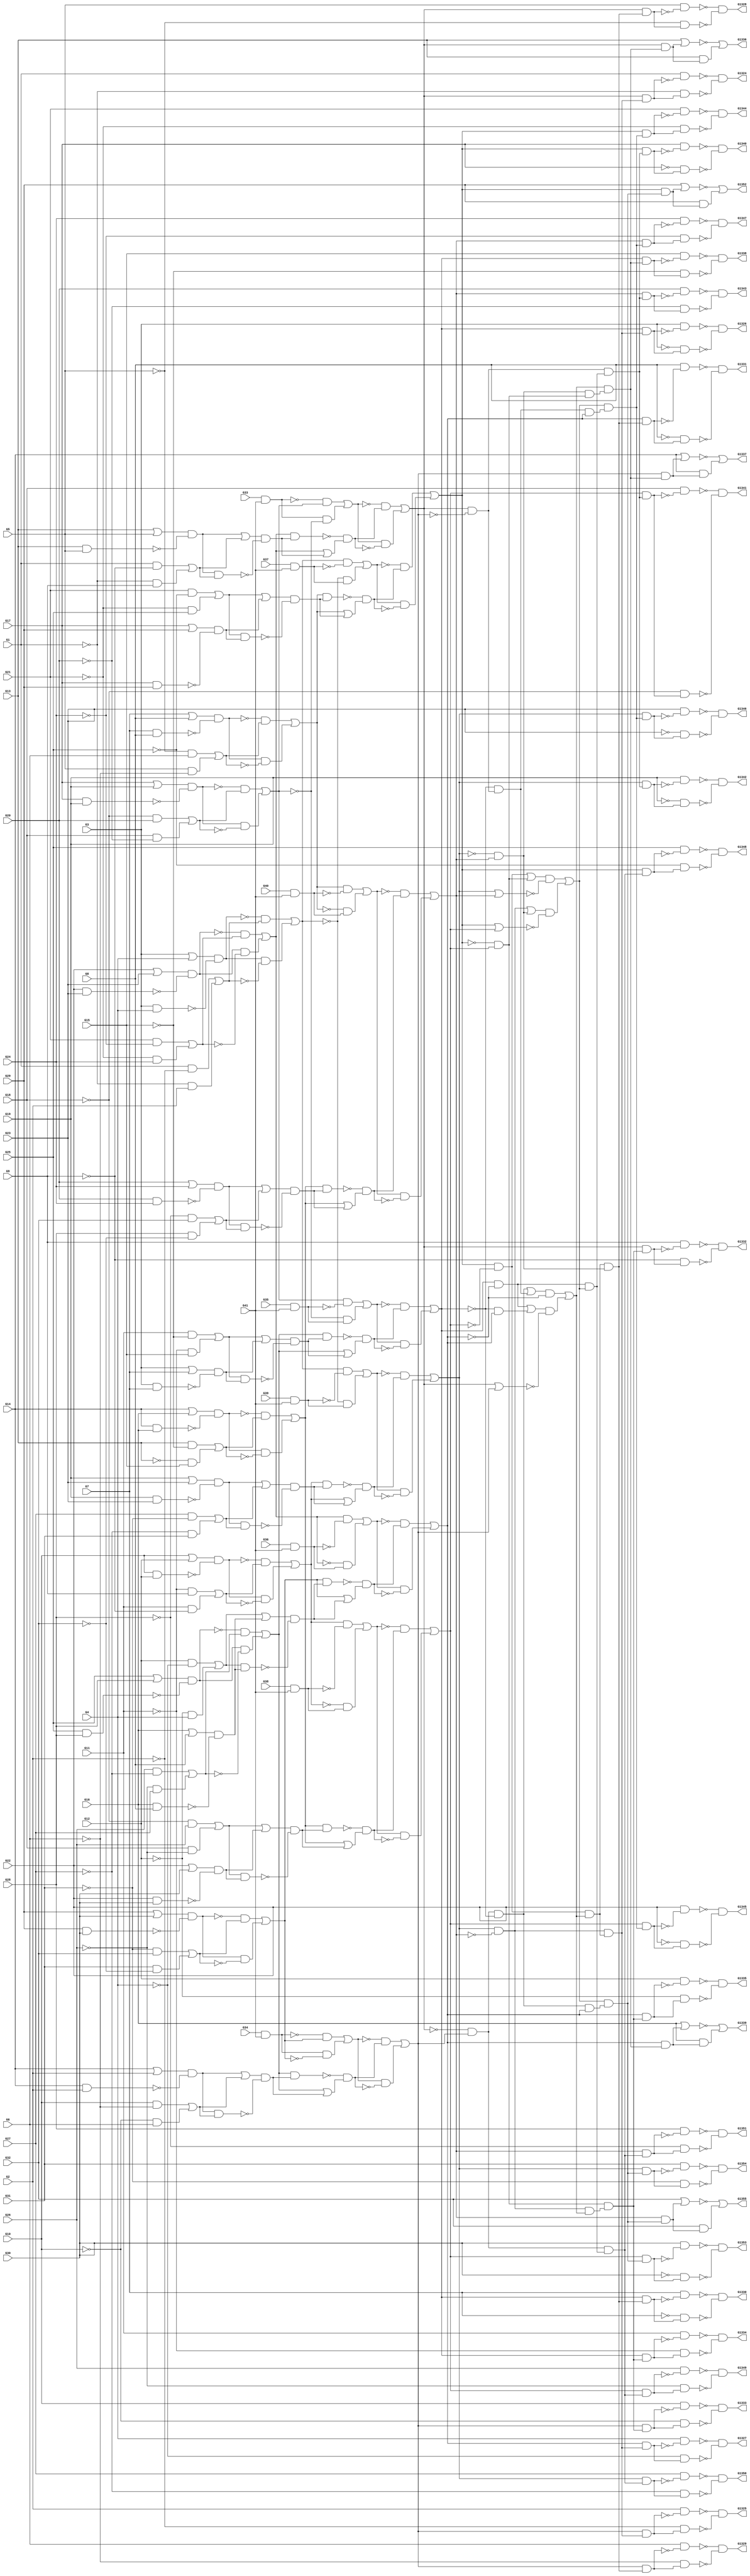
module c1355 ( G1 , G10 , G11 , G12 , G13 , G14 , G15 , G16 , G17 , G18 , G19 , G2 , G20 , G21 , G22 , G23 , G24 , G25 , G26 , G27 , G28 , G29 , G3 , G30 , G31 , G32 , G33 , G34 , G35 , G36 , G37 , G38 , G39 , G4 , G40 , G41 , G5 , G6 , G7 , G8 , G9 , G1324 , G1325 , G1326 , G1327 , G1328 , G1329 , G1330 , G1331 , G1332 , G1333 , G1334 , G1335 , G1336 , G1337 , G1338 , G1339 , G1340 , G1341 , G1342 , G1343 , G1344 , G1345 , G1346 , G1347 , G1348 , G1349 , G1350 , G1351 , G1352 , G1353 , G1354 , G1355 );
  input G1 , G10 , G11 , G12 , G13 , G14 , G15 , G16 , G17 , G18 , G19 , G2 , G20 , G21 , G22 , G23 , G24 , G25 , G26 , G27 , G28 , G29 , G3 , G30 , G31 , G32 , G33 , G34 , G35 , G36 , G37 , G38 , G39 , G4 , G40 , G41 , G5 , G6 , G7 , G8 , G9 ;
  output G1324 , G1325 , G1326 , G1327 , G1328 , G1329 , G1330 , G1331 , G1332 , G1333 , G1334 , G1335 , G1336 , G1337 , G1338 , G1339 , G1340 , G1341 , G1342 , G1343 , G1344 , G1345 , G1346 , G1347 , G1348 , G1349 , G1350 , G1351 , G1352 , G1353 , G1354 , G1355 ;
  wire n42 , n43 , n44 , n45 , n46 , n47 , n48 , n49 , n50 , n51 , n52 , n53 , n54 , n55 , n56 , n57 , n58 , n59 , n60 , n61 , n62 , n63 , n64 , n65 , n66 , n67 , n68 , n69 , n70 , n71 , n72 , n73 , n74 , n75 , n76 , n77 , n78 , n79 , n80 , n81 , n82 , n83 , n84 , n85 , n86 , n87 , n88 , n89 , n90 , n91 , n92 , n93 , n94 , n95 , n96 , n97 , n98 , n99 , n100 , n101 , n102 , n103 , n104 , n105 , n106 , n107 , n108 , n109 , n110 , n111 , n112 , n113 , n114 , n115 , n116 , n117 , n118 , n119 , n120 , n121 , n122 , n123 , n124 , n125 , n126 , n127 , n128 , n129 , n130 , n131 , n132 , n133 , n134 , n135 , n136 , n137 , n138 , n139 , n140 , n141 , n142 , n143 , n144 , n145 , n146 , n147 , n148 , n149 , n150 , n151 , n152 , n153 , n154 , n155 , n156 , n157 , n158 , n159 , n160 , n161 , n162 , n163 , n164 , n165 , n166 , n167 , n168 , n169 , n170 , n171 , n172 , n173 , n174 , n175 , n176 , n177 , n178 , n179 , n180 , n181 , n182 , n183 , n184 , n185 , n186 , n187 , n188 , n189 , n190 , n191 , n192 , n193 , n194 , n195 , n196 , n197 , n198 , n199 , n200 , n201 , n202 , n203 , n204 , n205 , n206 , n207 , n208 , n209 , n210 , n211 , n212 , n213 , n214 , n215 , n216 , n217 , n218 , n219 , n220 , n221 , n222 , n223 , n224 , n225 , n226 , n227 , n228 , n229 , n230 , n231 , n232 , n233 , n234 , n235 , n236 , n237 , n238 , n239 , n240 , n241 , n242 , n243 , n244 , n245 , n246 , n247 , n248 , n249 , n250 , n251 , n252 , n253 , n254 , n255 , n256 , n257 , n258 , n259 , n260 , n261 , n262 , n263 , n264 , n265 , n266 , n267 , n268 , n269 , n270 , n271 , n272 , n273 , n274 , n275 , n276 , n277 , n278 , n279 , n280 , n281 , n282 , n283 , n284 , n285 , n286 , n287 , n288 , n289 , n290 , n291 , n292 , n293 , n294 , n295 , n296 , n297 , n298 , n299 , n300 , n301 , n302 , n303 , n304 , n305 , n306 , n307 , n308 , n309 , n310 , n311 , n312 , n313 , n314 , n315 , n316 , n317 , n318 , n319 , n320 , n321 , n322 , n323 , n324 , n325 , n326 , n327 , n328 , n329 , n330 , n331 , n332 , n333 , n334 , n335 , n336 , n337 , n338 , n339 , n340 , n341 , n342 , n343 , n344 , n345 , n346 , n347 , n348 , n349 , n350 , n351 , n352 , n353 , n354 , n355 , n356 , n357 , n358 , n359 , n360 , n361 , n362 , n363 , n364 , n365 , n366 , n367 , n368 , n369 , n370 , n371 , n372 , n373 , n374 , n375 , n376 , n377 , n378 , n379 , n380 , n381 , n382 , n383 , n384 , n385 , n386 , n387 , n388 , n389 , n390 , n391 , n392 , n393 , n394 , n395 , n396 , n397 , n398 , n399 , n400 , n401 , n402 , n403 , n404 , n405 , n406 , n407 , n408 , n409 , n410 , n411 , n412 , n413 , n414 , n415 , n416 , n417 , n418 , n419 , n420 , n421 , n422 , n423 , n424 , n425 , n426 , n427 , n428 , n429 , n430 ;
  assign n42 = G33 & G41 ;
  assign n43 = G17 | G19 ;
  assign n44 = G17 & G19 ;
  assign n45 = n43 & ~n44 ;
  assign n46 = ~G18 & G20 ;
  assign n47 = G18 & ~G20 ;
  assign n48 = n46 | n47 ;
  assign n49 = ~n45 & n48 ;
  assign n50 = n45 & ~n48 ;
  assign n51 = n49 | n50 ;
  assign n52 = ~n42 & n51 ;
  assign n53 = n42 & ~n51 ;
  assign n54 = n52 | n53 ;
  assign n55 = G22 | G23 ;
  assign n56 = G22 & G23 ;
  assign n57 = n55 & ~n56 ;
  assign n58 = G21 & ~G24 ;
  assign n59 = ~G21 & G24 ;
  assign n60 = n58 | n59 ;
  assign n61 = ~n57 & n60 ;
  assign n62 = n57 & ~n60 ;
  assign n63 = n61 | n62 ;
  assign n64 = G13 | G5 ;
  assign n65 = G13 & G5 ;
  assign n66 = n64 & ~n65 ;
  assign n67 = G1 & ~G9 ;
  assign n68 = ~G1 & G9 ;
  assign n69 = n67 | n68 ;
  assign n70 = n66 | n69 ;
  assign n71 = n66 & n69 ;
  assign n72 = n70 & ~n71 ;
  assign n73 = n63 & n72 ;
  assign n74 = n63 | n72 ;
  assign n75 = ~n73 & n74 ;
  assign n76 = ~n54 & n75 ;
  assign n77 = n54 & ~n75 ;
  assign n78 = n76 | n77 ;
  assign n79 = G3 | G4 ;
  assign n80 = G3 & G4 ;
  assign n81 = n79 & ~n80 ;
  assign n82 = G1 & ~G2 ;
  assign n83 = ~G1 & G2 ;
  assign n84 = n82 | n83 ;
  assign n85 = ~n81 & n84 ;
  assign n86 = n81 & ~n84 ;
  assign n87 = n85 | n86 ;
  assign n88 = G39 & G41 ;
  assign n89 = n87 & ~n88 ;
  assign n90 = ~n87 & n88 ;
  assign n91 = n89 | n90 ;
  assign n92 = G10 | G12 ;
  assign n93 = G10 & G12 ;
  assign n94 = n92 & ~n93 ;
  assign n95 = ~G11 & G9 ;
  assign n96 = G11 & ~G9 ;
  assign n97 = n95 | n96 ;
  assign n98 = ~n94 & n97 ;
  assign n99 = n94 & ~n97 ;
  assign n100 = n98 | n99 ;
  assign n101 = G19 | G23 ;
  assign n102 = G19 & G23 ;
  assign n103 = n101 & ~n102 ;
  assign n104 = G27 & ~G31 ;
  assign n105 = ~G27 & G31 ;
  assign n106 = n104 | n105 ;
  assign n107 = n103 | n106 ;
  assign n108 = n103 & n106 ;
  assign n109 = n107 & ~n108 ;
  assign n110 = n100 & n109 ;
  assign n111 = n100 | n109 ;
  assign n112 = ~n110 & n111 ;
  assign n113 = ~n91 & n112 ;
  assign n114 = n91 & ~n112 ;
  assign n115 = n113 | n114 ;
  assign n116 = G7 | G8 ;
  assign n117 = G7 & G8 ;
  assign n118 = n116 & ~n117 ;
  assign n119 = ~G5 & G6 ;
  assign n120 = G5 & ~G6 ;
  assign n121 = n119 | n120 ;
  assign n122 = ~n118 & n121 ;
  assign n123 = n118 & ~n121 ;
  assign n124 = n122 | n123 ;
  assign n125 = G40 & G41 ;
  assign n126 = n124 & ~n125 ;
  assign n127 = ~n124 & n125 ;
  assign n128 = n126 | n127 ;
  assign n129 = G14 | G16 ;
  assign n130 = G14 & G16 ;
  assign n131 = n129 & ~n130 ;
  assign n132 = G13 & ~G15 ;
  assign n133 = ~G13 & G15 ;
  assign n134 = n132 | n133 ;
  assign n135 = ~n131 & n134 ;
  assign n136 = n131 & ~n134 ;
  assign n137 = n135 | n136 ;
  assign n138 = G20 | G24 ;
  assign n139 = G20 & G24 ;
  assign n140 = n138 & ~n139 ;
  assign n141 = ~G28 & G32 ;
  assign n142 = G28 & ~G32 ;
  assign n143 = n141 | n142 ;
  assign n144 = n140 | n143 ;
  assign n145 = n140 & n143 ;
  assign n146 = n144 & ~n145 ;
  assign n147 = n137 & n146 ;
  assign n148 = n137 | n146 ;
  assign n149 = ~n147 & n148 ;
  assign n150 = ~n128 & n149 ;
  assign n151 = n128 & ~n149 ;
  assign n152 = n150 | n151 ;
  assign n153 = n115 & ~n152 ;
  assign n154 = G37 & G41 ;
  assign n155 = n87 & ~n154 ;
  assign n156 = ~n87 & n154 ;
  assign n157 = n155 | n156 ;
  assign n158 = G21 & ~G25 ;
  assign n159 = ~G21 & G25 ;
  assign n160 = n158 | n159 ;
  assign n161 = G17 | G29 ;
  assign n162 = G17 & G29 ;
  assign n163 = n161 & ~n162 ;
  assign n164 = n160 | n163 ;
  assign n165 = n160 & n163 ;
  assign n166 = n164 & ~n165 ;
  assign n167 = n124 & n166 ;
  assign n168 = n124 | n166 ;
  assign n169 = ~n167 & n168 ;
  assign n170 = ~n157 & n169 ;
  assign n171 = n157 & ~n169 ;
  assign n172 = n170 | n171 ;
  assign n173 = G38 & G41 ;
  assign n174 = n100 & ~n173 ;
  assign n175 = ~n100 & n173 ;
  assign n176 = n174 | n175 ;
  assign n177 = ~G18 & G26 ;
  assign n178 = G18 & ~G26 ;
  assign n179 = n177 | n178 ;
  assign n180 = G22 | G30 ;
  assign n181 = G22 & G30 ;
  assign n182 = n180 & ~n181 ;
  assign n183 = n179 | n182 ;
  assign n184 = n179 & n182 ;
  assign n185 = n183 & ~n184 ;
  assign n186 = n137 & n185 ;
  assign n187 = n137 | n185 ;
  assign n188 = ~n186 & n187 ;
  assign n189 = ~n176 & n188 ;
  assign n190 = n176 & ~n188 ;
  assign n191 = n189 | n190 ;
  assign n192 = n172 & ~n191 ;
  assign n193 = G34 & G41 ;
  assign n194 = G29 | G30 ;
  assign n195 = G29 & G30 ;
  assign n196 = n194 & ~n195 ;
  assign n197 = ~G31 & G32 ;
  assign n198 = G31 & ~G32 ;
  assign n199 = n197 | n198 ;
  assign n200 = ~n196 & n199 ;
  assign n201 = n196 & ~n199 ;
  assign n202 = n200 | n201 ;
  assign n203 = ~n193 & n202 ;
  assign n204 = n193 & ~n202 ;
  assign n205 = n203 | n204 ;
  assign n206 = G25 | G28 ;
  assign n207 = G25 & G28 ;
  assign n208 = n206 & ~n207 ;
  assign n209 = G26 & ~G27 ;
  assign n210 = ~G26 & G27 ;
  assign n211 = n209 | n210 ;
  assign n212 = ~n208 & n211 ;
  assign n213 = n208 & ~n211 ;
  assign n214 = n212 | n213 ;
  assign n215 = G14 | G2 ;
  assign n216 = G14 & G2 ;
  assign n217 = n215 & ~n216 ;
  assign n218 = G10 & ~G6 ;
  assign n219 = ~G10 & G6 ;
  assign n220 = n218 | n219 ;
  assign n221 = n217 | n220 ;
  assign n222 = n217 & n220 ;
  assign n223 = n221 & ~n222 ;
  assign n224 = n214 & n223 ;
  assign n225 = n214 | n223 ;
  assign n226 = ~n224 & n225 ;
  assign n227 = ~n205 & n226 ;
  assign n228 = n205 & ~n226 ;
  assign n229 = n227 | n228 ;
  assign n230 = ~n78 & n229 ;
  assign n231 = G35 & G41 ;
  assign n232 = n51 & ~n231 ;
  assign n233 = ~n51 & n231 ;
  assign n234 = n232 | n233 ;
  assign n235 = G11 & ~G15 ;
  assign n236 = ~G11 & G15 ;
  assign n237 = n235 | n236 ;
  assign n238 = G3 | G7 ;
  assign n239 = G3 & G7 ;
  assign n240 = n238 & ~n239 ;
  assign n241 = n237 | n240 ;
  assign n242 = n237 & n240 ;
  assign n243 = n241 & ~n242 ;
  assign n244 = n214 & n243 ;
  assign n245 = n214 | n243 ;
  assign n246 = ~n244 & n245 ;
  assign n247 = ~n234 & n246 ;
  assign n248 = n234 & ~n246 ;
  assign n249 = n247 | n248 ;
  assign n250 = n230 & ~n249 ;
  assign n251 = n78 & ~n229 ;
  assign n252 = ~n249 & n251 ;
  assign n253 = n250 | n252 ;
  assign n254 = G36 & G41 ;
  assign n255 = n63 & ~n254 ;
  assign n256 = ~n63 & n254 ;
  assign n257 = n255 | n256 ;
  assign n258 = G12 & ~G4 ;
  assign n259 = ~G12 & G4 ;
  assign n260 = n258 | n259 ;
  assign n261 = G16 | G8 ;
  assign n262 = G16 & G8 ;
  assign n263 = n261 & ~n262 ;
  assign n264 = n260 | n263 ;
  assign n265 = n260 & n263 ;
  assign n266 = n264 & ~n265 ;
  assign n267 = n202 & n266 ;
  assign n268 = n202 | n266 ;
  assign n269 = ~n267 & n268 ;
  assign n270 = ~n257 & n269 ;
  assign n271 = n257 & ~n269 ;
  assign n272 = n270 | n271 ;
  assign n273 = n253 & ~n272 ;
  assign n274 = n249 & ~n272 ;
  assign n275 = ~n249 & n272 ;
  assign n276 = n274 | n275 ;
  assign n277 = n78 | n229 ;
  assign n278 = n276 & ~n277 ;
  assign n279 = n273 | n278 ;
  assign n280 = n192 & n279 ;
  assign n281 = n153 & n280 ;
  assign n282 = n78 & n281 ;
  assign n283 = G1 & ~n282 ;
  assign n284 = ~G1 & n282 ;
  assign n285 = ~n283 & ~n284 ;
  assign n286 = n229 & n281 ;
  assign n287 = G2 & ~n286 ;
  assign n288 = ~G2 & n286 ;
  assign n289 = ~n287 & ~n288 ;
  assign n290 = n249 & n281 ;
  assign n291 = G3 & ~n290 ;
  assign n292 = ~G3 & n290 ;
  assign n293 = ~n291 & ~n292 ;
  assign n294 = n272 & n281 ;
  assign n295 = G4 & ~n294 ;
  assign n296 = ~G4 & n294 ;
  assign n297 = ~n295 & ~n296 ;
  assign n298 = ~n115 & n152 ;
  assign n299 = n280 & n298 ;
  assign n300 = n78 & n299 ;
  assign n301 = G5 & ~n300 ;
  assign n302 = ~G5 & n300 ;
  assign n303 = ~n301 & ~n302 ;
  assign n304 = n229 & n299 ;
  assign n305 = G6 & ~n304 ;
  assign n306 = ~G6 & n304 ;
  assign n307 = ~n305 & ~n306 ;
  assign n308 = n249 & n299 ;
  assign n309 = G7 & ~n308 ;
  assign n310 = ~G7 & n308 ;
  assign n311 = ~n309 & ~n310 ;
  assign n312 = n272 & n299 ;
  assign n313 = G8 & ~n312 ;
  assign n314 = ~G8 & n312 ;
  assign n315 = ~n313 & ~n314 ;
  assign n316 = ~n172 & n191 ;
  assign n317 = n153 & n279 ;
  assign n318 = n316 & n317 ;
  assign n319 = n78 & n318 ;
  assign n320 = G9 & ~n319 ;
  assign n321 = ~G9 & n319 ;
  assign n322 = ~n320 & ~n321 ;
  assign n323 = n229 & n318 ;
  assign n324 = G10 & ~n323 ;
  assign n325 = ~G10 & n323 ;
  assign n326 = ~n324 & ~n325 ;
  assign n327 = n249 & n318 ;
  assign n328 = G11 & ~n327 ;
  assign n329 = ~G11 & n327 ;
  assign n330 = ~n328 & ~n329 ;
  assign n331 = n272 & n318 ;
  assign n332 = G12 & ~n331 ;
  assign n333 = ~G12 & n331 ;
  assign n334 = ~n332 & ~n333 ;
  assign n335 = n298 & n316 ;
  assign n336 = n279 & n335 ;
  assign n337 = n78 & n336 ;
  assign n338 = G13 | n337 ;
  assign n339 = G13 & n337 ;
  assign n340 = ~n338 | n339 ;
  assign n341 = n229 & n336 ;
  assign n342 = G14 | n341 ;
  assign n343 = G14 & n341 ;
  assign n344 = ~n342 | n343 ;
  assign n345 = n249 & n336 ;
  assign n346 = G15 & ~n345 ;
  assign n347 = ~G15 & n345 ;
  assign n348 = ~n346 & ~n347 ;
  assign n349 = n272 & n336 ;
  assign n350 = G16 | n349 ;
  assign n351 = G16 & n349 ;
  assign n352 = ~n350 | n351 ;
  assign n353 = n192 | n316 ;
  assign n354 = n115 | n152 ;
  assign n355 = n353 & ~n354 ;
  assign n356 = n153 | n298 ;
  assign n357 = n172 | n191 ;
  assign n358 = n356 & ~n357 ;
  assign n359 = n355 | n358 ;
  assign n360 = n274 & n359 ;
  assign n361 = n251 & n360 ;
  assign n362 = n172 & n361 ;
  assign n363 = G17 & ~n362 ;
  assign n364 = ~G17 & n362 ;
  assign n365 = ~n363 & ~n364 ;
  assign n366 = n191 & n361 ;
  assign n367 = G18 & ~n366 ;
  assign n368 = ~G18 & n366 ;
  assign n369 = ~n367 & ~n368 ;
  assign n370 = n115 & n361 ;
  assign n371 = G19 & ~n370 ;
  assign n372 = ~G19 & n370 ;
  assign n373 = ~n371 & ~n372 ;
  assign n374 = n152 & n361 ;
  assign n375 = G20 & ~n374 ;
  assign n376 = ~G20 & n374 ;
  assign n377 = ~n375 & ~n376 ;
  assign n378 = n252 & n272 ;
  assign n379 = n359 & n378 ;
  assign n380 = n172 & n379 ;
  assign n381 = G21 & ~n380 ;
  assign n382 = ~G21 & n380 ;
  assign n383 = ~n381 & ~n382 ;
  assign n384 = n191 & n379 ;
  assign n385 = G22 & ~n384 ;
  assign n386 = ~G22 & n384 ;
  assign n387 = ~n385 & ~n386 ;
  assign n388 = n115 & n379 ;
  assign n389 = G23 & ~n388 ;
  assign n390 = ~G23 & n388 ;
  assign n391 = ~n389 & ~n390 ;
  assign n392 = n152 & n379 ;
  assign n393 = G24 & ~n392 ;
  assign n394 = ~G24 & n392 ;
  assign n395 = ~n393 & ~n394 ;
  assign n396 = n230 & n360 ;
  assign n397 = n172 & n396 ;
  assign n398 = G25 & ~n397 ;
  assign n399 = ~G25 & n397 ;
  assign n400 = ~n398 & ~n399 ;
  assign n401 = n191 & n396 ;
  assign n402 = G26 & ~n401 ;
  assign n403 = ~G26 & n401 ;
  assign n404 = ~n402 & ~n403 ;
  assign n405 = n115 & n396 ;
  assign n406 = G27 & ~n405 ;
  assign n407 = ~G27 & n405 ;
  assign n408 = ~n406 & ~n407 ;
  assign n409 = n152 & n396 ;
  assign n410 = G28 & ~n409 ;
  assign n411 = ~G28 & n409 ;
  assign n412 = ~n410 & ~n411 ;
  assign n413 = n250 & n272 ;
  assign n414 = n359 & n413 ;
  assign n415 = n172 & n414 ;
  assign n416 = G29 | n415 ;
  assign n417 = G29 & n415 ;
  assign n418 = ~n416 | n417 ;
  assign n419 = n191 & n414 ;
  assign n420 = G30 & ~n419 ;
  assign n421 = ~G30 & n419 ;
  assign n422 = ~n420 & ~n421 ;
  assign n423 = n115 & n414 ;
  assign n424 = G31 & ~n423 ;
  assign n425 = ~G31 & n423 ;
  assign n426 = ~n424 & ~n425 ;
  assign n427 = n152 & n414 ;
  assign n428 = G32 | n427 ;
  assign n429 = G32 & n427 ;
  assign n430 = ~n428 | n429 ;
  assign G1324 = n285 ;
  assign G1325 = n289 ;
  assign G1326 = n293 ;
  assign G1327 = n297 ;
  assign G1328 = n303 ;
  assign G1329 = n307 ;
  assign G1330 = n311 ;
  assign G1331 = n315 ;
  assign G1332 = n322 ;
  assign G1333 = n326 ;
  assign G1334 = n330 ;
  assign G1335 = n334 ;
  assign G1336 = n340 ;
  assign G1337 = n344 ;
  assign G1338 = n348 ;
  assign G1339 = n352 ;
  assign G1340 = n365 ;
  assign G1341 = n369 ;
  assign G1342 = n373 ;
  assign G1343 = n377 ;
  assign G1344 = n383 ;
  assign G1345 = n387 ;
  assign G1346 = n391 ;
  assign G1347 = n395 ;
  assign G1348 = n400 ;
  assign G1349 = n404 ;
  assign G1350 = n408 ;
  assign G1351 = n412 ;
  assign G1352 = n418 ;
  assign G1353 = n422 ;
  assign G1354 = n426 ;
  assign G1355 = n430 ;
endmodule